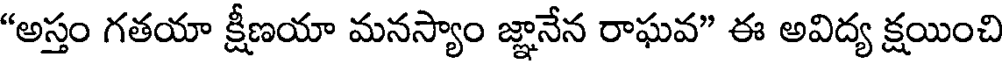
"అస్తం గతయా క్షీణయా మనస్యాం జ్ఞానేన రాఘవ" ఈ అవిద్య క్షయించి